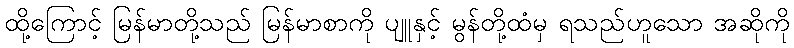
ထို့ကြောင့် မြန်မာတို့သည် မြန်မာစာကို ပျူနှင့် မွန်တို့ထံမှ ရသည်ဟူသော အဆိုကို